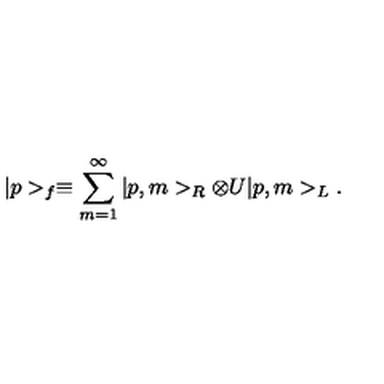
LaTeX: | p > _ { f } \equiv \sum _ { m = 1 } ^ { \infty } | p , m > _ { R } \otimes U | p , m > _ { L } .